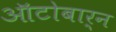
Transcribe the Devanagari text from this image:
ऑटोबार्न